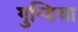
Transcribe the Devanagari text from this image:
गुन्डिचा